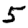
Digit: 5